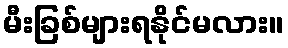
မီးခြစ်များရနိုင်မလား။